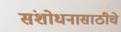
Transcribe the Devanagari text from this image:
संशोधनासाठीचे